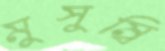
মুসুম্বি